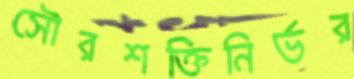
সৌরশক্তিনির্ভর